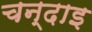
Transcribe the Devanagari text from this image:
चन्दाइ